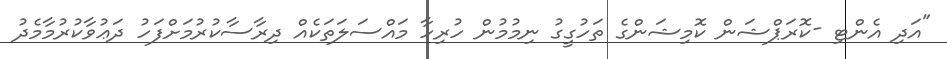
"އަދި އެންޓި -ކޮރަޕްޝަން ކޮމިޝަންގެ ތަހުގީގު ނިމުމުން ހުރިހާ މައްސަލަތަކެއް ދިރާސާކުރުމަށްފަހު ދަޢުވާކުރުމާމެދު